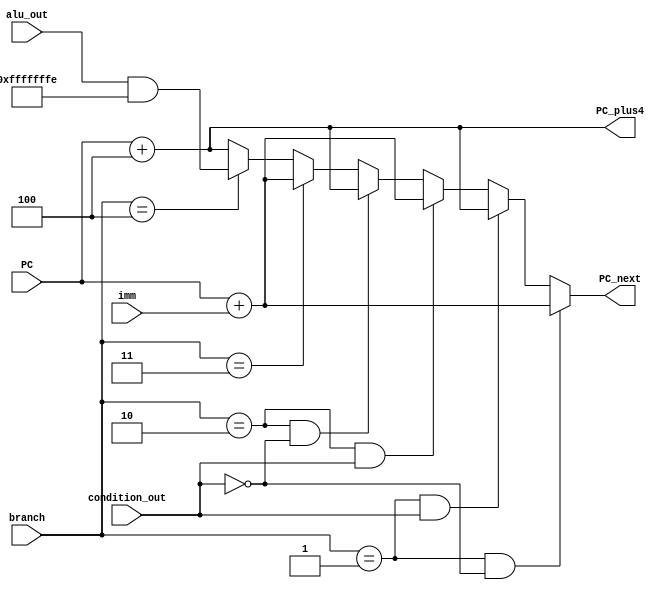
module PC(
    input [31:0] PC,
    input [31:0] imm,
    input [2:0] branch,
    input condition_out,
	  input [31:0] alu_out,
	  output [31:0] PC_plus4,
    output [31:0] PC_next
    );

wire [31:0] PC_branch;

assign PC_branch = PC + imm;
assign PC_plus4 = PC + 32'd4;

assign PC_next = (branch == 3'b001 && (~condition_out) ) ? PC_branch :                  // IF ( BNE, BLT, BLTU )
                 (branch == 3'b001 && condition_out ) ? PC_plus4 :                          // Else
					       (branch == 3'b010 && condition_out ) ? PC_branch :                     // IF ( BEQ, BGE, BGEU )
                 (branch == 3'b010 && (~condition_out) ) ? PC_plus4 :                       // Else
					       (branch == 3'b011) ?  PC_branch :                                      // JAL
					       (branch == 3'b100) ? (alu_out & 32'hFFFFFFFE) :PC_plus4;               // JALR

endmodule